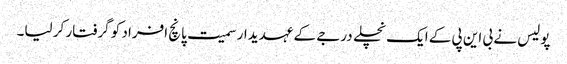
پولیس نے بی این پی کے ایک نچلے درجے کے عہدیدار سمیت پانچ افراد کو گرفتار کر لیا۔